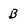
Character: B